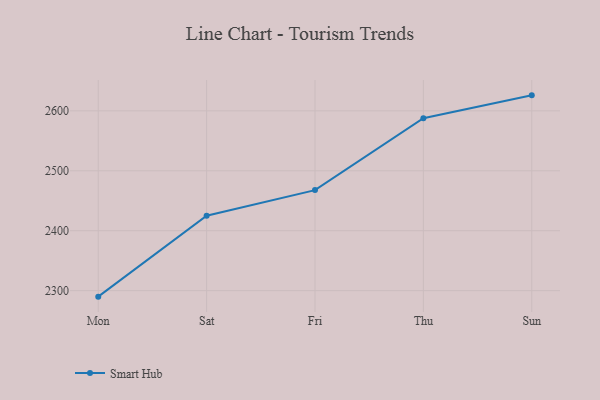
{"axis": {"x": "Day", "y": "Satisfaction Score"}, "legend": ["Smart Hub"], "data": [{"x": "Mon", "y": 2290.0, "type": "Smart Hub"}, {"x": "Sat", "y": 2425.0, "type": "Smart Hub"}, {"x": "Fri", "y": 2467.8, "type": "Smart Hub"}, {"x": "Thu", "y": 2587.7, "type": "Smart Hub"}, {"x": "Sun", "y": 2625.9, "type": "Smart Hub"}]}